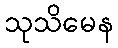
သုသိမေန